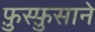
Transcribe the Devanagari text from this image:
फ़ुस्फ़ुसाने